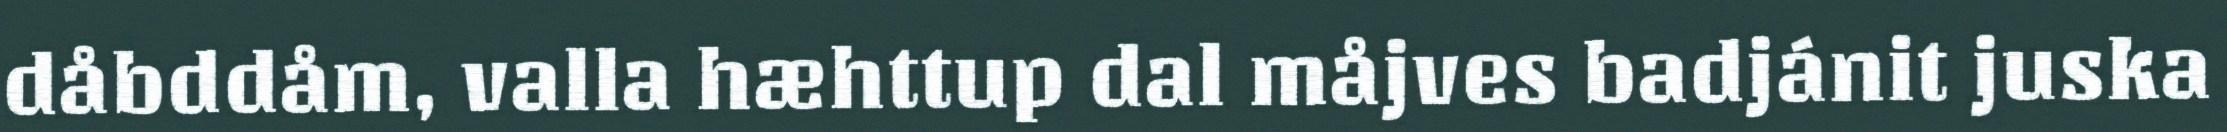
dåbddåm, valla hæhttup dal måjves badjánit juska